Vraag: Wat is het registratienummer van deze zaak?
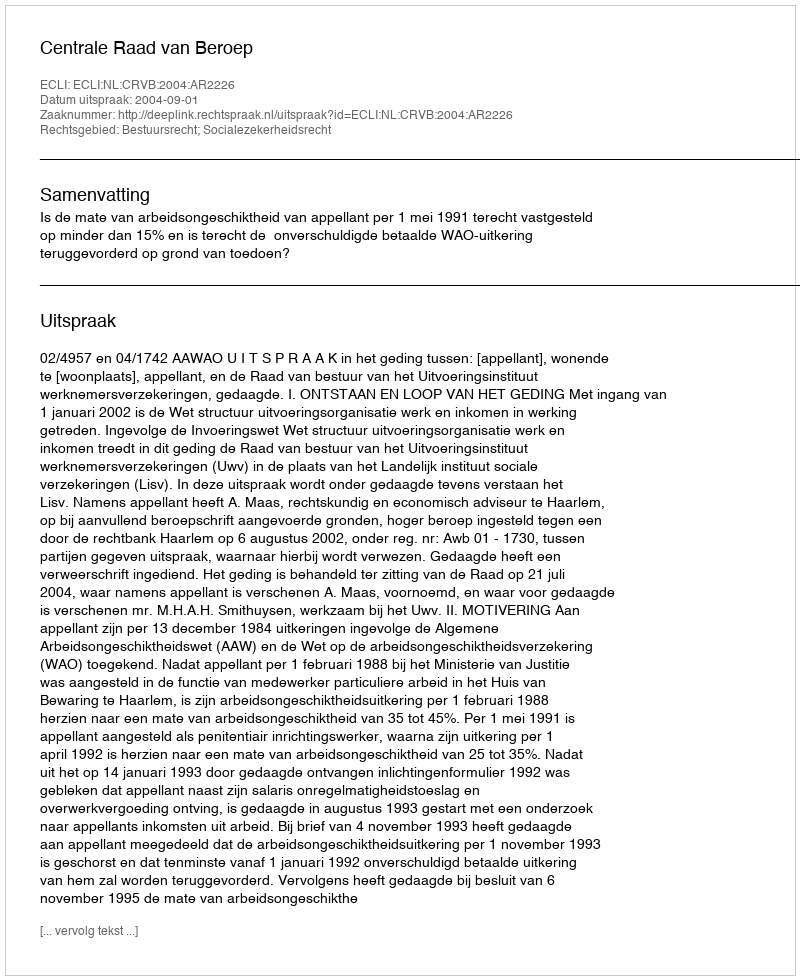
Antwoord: http://deeplink.rechtspraak.nl/uitspraak?id=ECLI:NL:CRVB:2004:AR2226